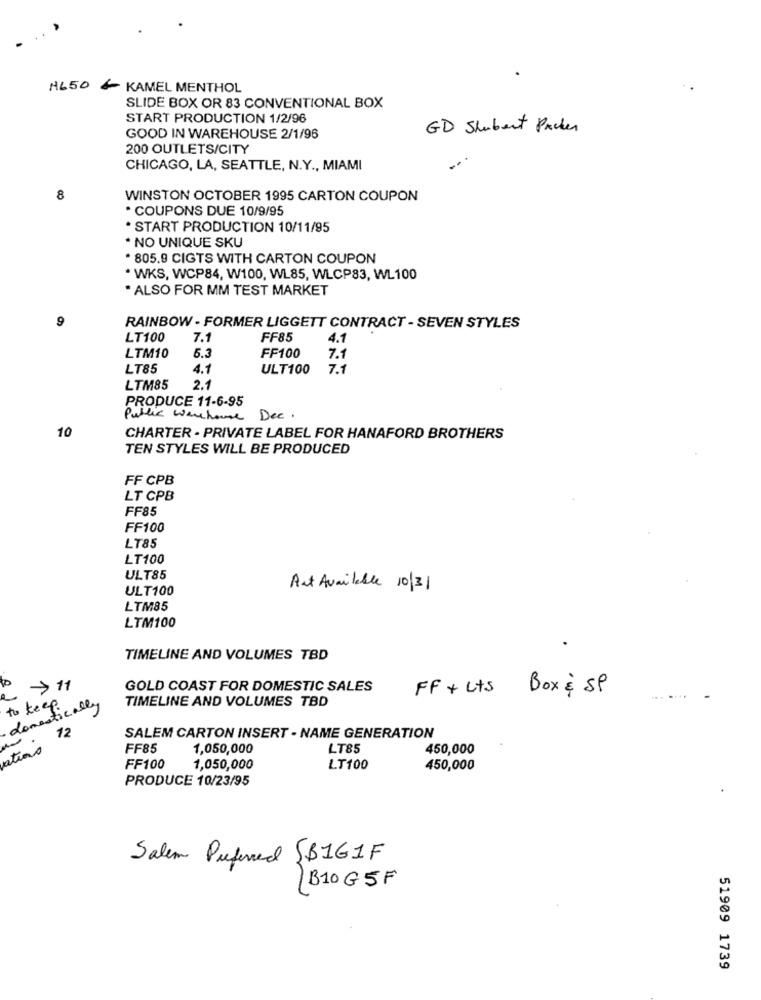
H650 & KAMEL MENTHOL
SLIDE BOX OR 83 CONVENTIONAL BOX
START PRODUCTION 1/2/96
GD Shubert Packer
GOOD IN WAREHOUSE 2/1/96
200 OUTLETS/CITY
CHICAGO, LA, SEATTLE, N.Y ., MIAMI
8
WINSTON OCTOBER 1995 CARTON COUPON
. COUPONS DUE 10/9/95
* START PRODUCTION 10/11/95
· NO UNIQUE SKU
. 805.9 CIGTS WITH CARTON COUPON
* WKS, WCP84, W100, WL85, WLCP83, WL100
. ALSO FOR MM TEST MARKET
9
RAINBOW - FORMER LIGGETT CONTRACT - SEVEN STYLES
LT100
7.1
FF85
4.1
FF100
LTM10
6.3
7.1
LT85
4.1
ULT100
7.1
LTM85
2.1
PRODUCE 11-6-95
Public werehome Dee.
10
CHARTER - PRIVATE LABEL FOR HANAFORD BROTHERS
TEN STYLES WILL BE PRODUCED
FF CPB
LT CPB
FF85
FF100
LT85
LT100
ULT85
ULT100
Art Available 10/31
LTM85
LTM100
TIMELINE AND VOLUMES TBD
>11
GOLD COAST FOR DOMESTIC SALES
FF + Lts Box & SP
TIMELINE AND VOLUMES TBD
·domestically
to keep
12
SALEM CARTON INSERT - NAME GENERATION
vations
FF85
1,050,000
LT85
450,000
FF100
1,050,000
LT100
450,000
PRODUCE 10/23/95
Salem Preferred SB161F
/B10G5F
51909 1739